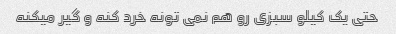
حتی یک کیلو سبزی رو هم نمی تونه خرد کنه و گیر میکنه